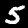
Label: 5